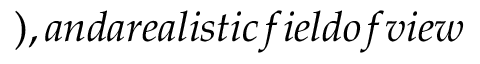
) , a n d a r e a l i s t i c f i e l d o f v i e w